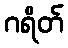
ဂရိတ်